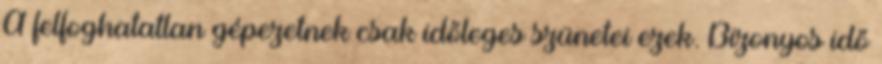
A felfoghatatlan gépezetnek csak időleges szünetei ezek. Bizonyos idő